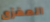
المغزى